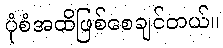
ပုံစံအထိဖြစ်စေချင်တယ်။